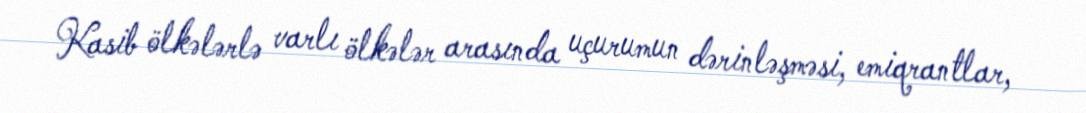
Kasib ölkələrlə varlı ölkələr arasında uçurumun dərinləşməsi, emiqrantlar,